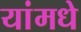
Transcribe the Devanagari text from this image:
यांमधे